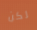
لكن